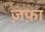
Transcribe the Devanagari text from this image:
ज़फ़ा